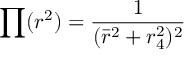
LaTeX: \prod ( r ^ { 2 } ) = \frac { 1 } { ( \bar { r } ^ { 2 } + r _ { 4 } ^ { 2 } ) ^ { 2 } }